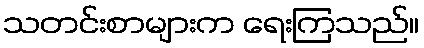
သတင်းစာများက ရေးကြသည်။